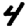
Digit: 4